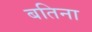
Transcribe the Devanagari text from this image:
बतिना